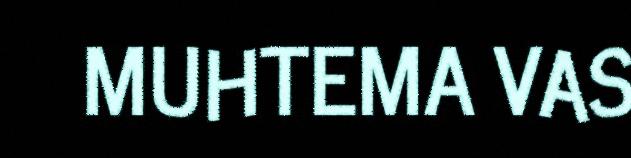
MUHTEMA VAS